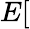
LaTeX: E[